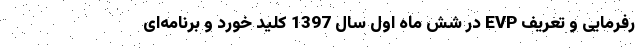
رفرمایی و تعریف EVP در شش ماه اول سال 1397 کلید خورد و برنامه‌ای